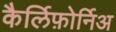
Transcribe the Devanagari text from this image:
कैर्लिफ़ोर्निअ